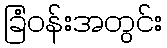
ခြံဝန်းအတွင်း